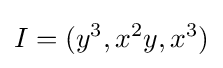
I=(y^{3},x^{2}y,x^{3})